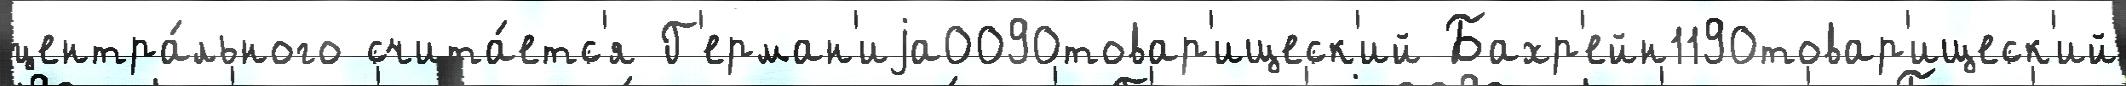
центра́льного счита́етс'я Г'ерман'иjа0090товар'ищеск'ий Бахр'ейн1190товар'ищеск'ий